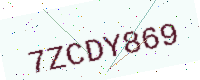
Text: 7ZCDY869